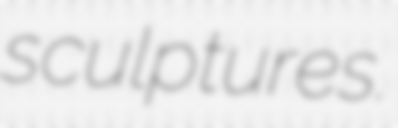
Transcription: sculptures.